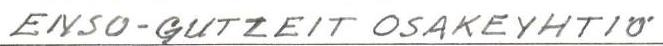
ENSO-GUTZEIT OSAKEYHTIÖ